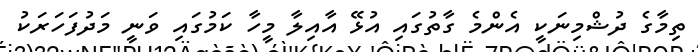
ތިމާގެ ދުޝްމިނަކީ އެންމެ ގާތުގައި އުޅޭ އާއިލާ މީހާ ކަމުގައި ވަނީ މަދުފަހަރަކު